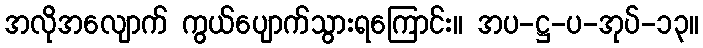
အလိုအလျောက် ကွယ်ပျောက်သွားရကြောင်း။ အပ-ဋ္ဌ-ပ-အုပ်-၁၃။